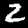
Digit: 2